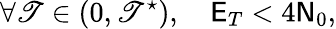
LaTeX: \forall\mathscr{T}\in(0,\mathscr{T}^{\star}),\quad\mathsf{{E}}_{T}<4\mathsf{{N}}_{0},